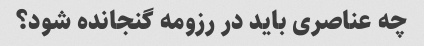
چه عناصری باید در رزومه گنجانده شود؟